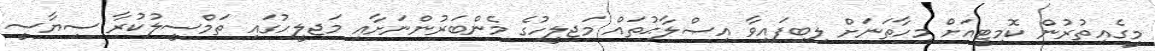
މީގެއިތުރުން ކޮމިޓީއަށް މިހާތަނަށް ލިބިފައިވާ އިޞްލާޙުތައް މަޖިލީހުގެ މެންބަރުންނަށާއި މަޖިލީހުގައި ތަމްސީލުކުރާ ސިޔާސީ